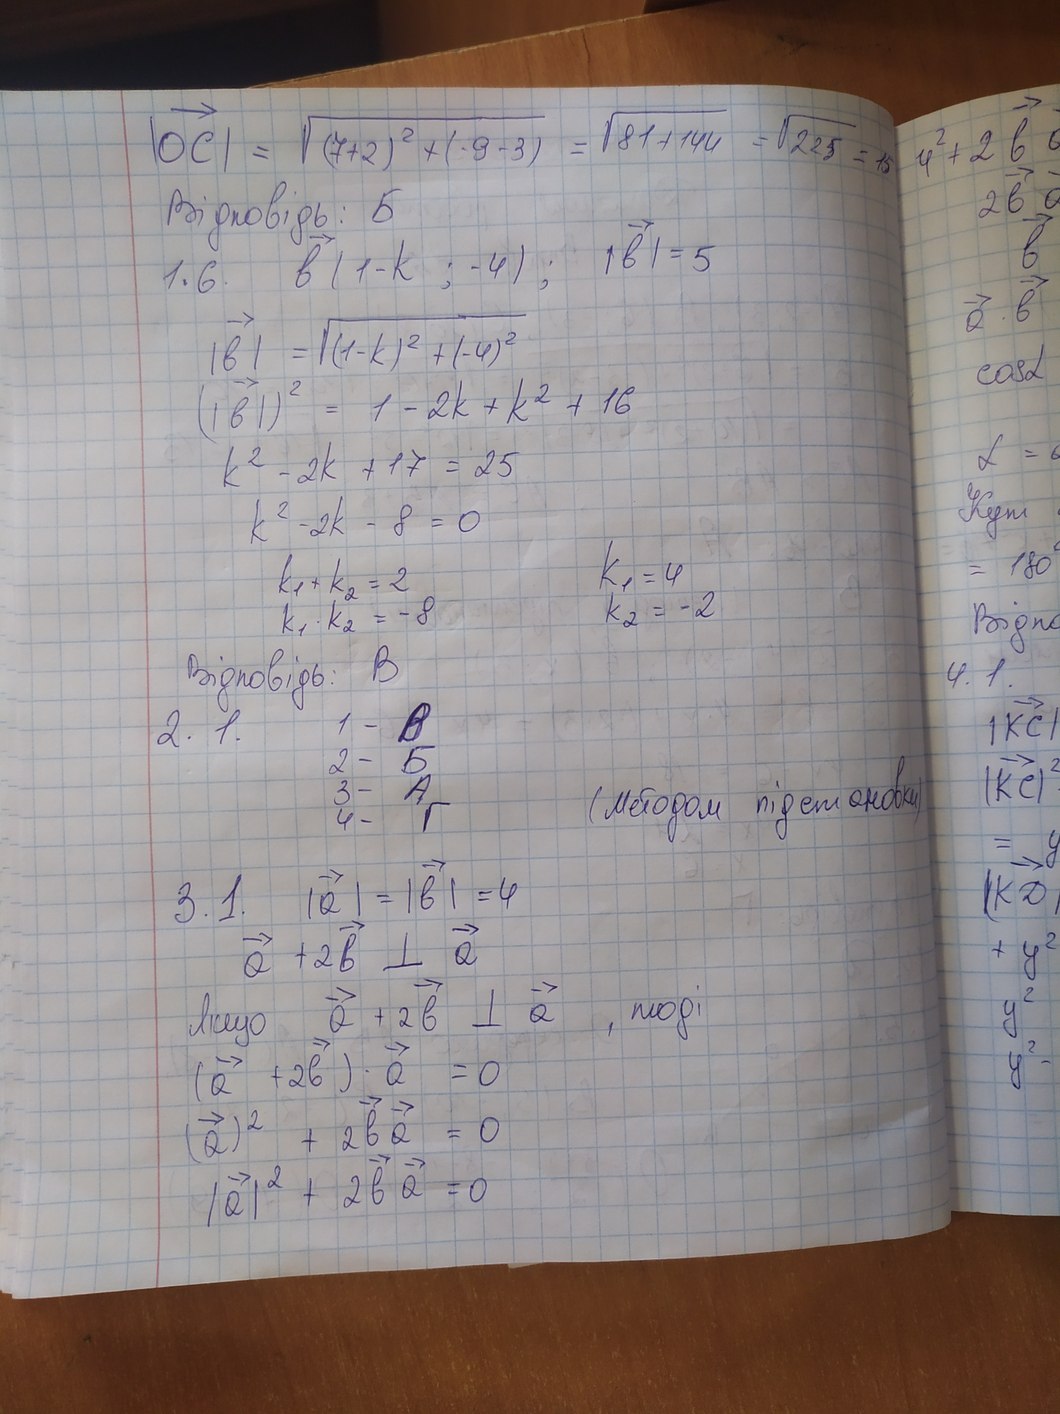
|→OC| = \sqrt{(7 + 2)^2 + (9 - 3)^2} = \sqrt{81 + 144} = \sqrt{225} = 15
Відповідь: Б
1.6. b(1 - k; - 4); | →b | = 5
| →b | = \sqrt{(1 - k)^2 + ( - 4)^2}
(| →b |)^2 = 1 - 2k + k^2 + 16
k^2 - 2k + 17 = 25
k^2 - 2k - 8 = 0
k_1 = 4
k_1 + k_2 = 2
k2 = -2
k_1 * k_2 = -8;
Відповідь: В
1 - В
2. 1.
2 - Б
(методом підстановки)
3 - А
4 - Г
3.1. | →a | = | →b | = 4
→a + →2b ⊥ →a
якщо →a + →2b ⊥ →a, тоді
(→a + →2b) * →a = 0;
(→a)^2 + →2ba = 0
|→a|^2 + →2ba = 0